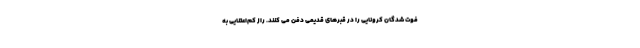
فوت شدگان کرونایی را در قبرهای قدیمی دفن می کنند. راز کم‌اعتنایی به